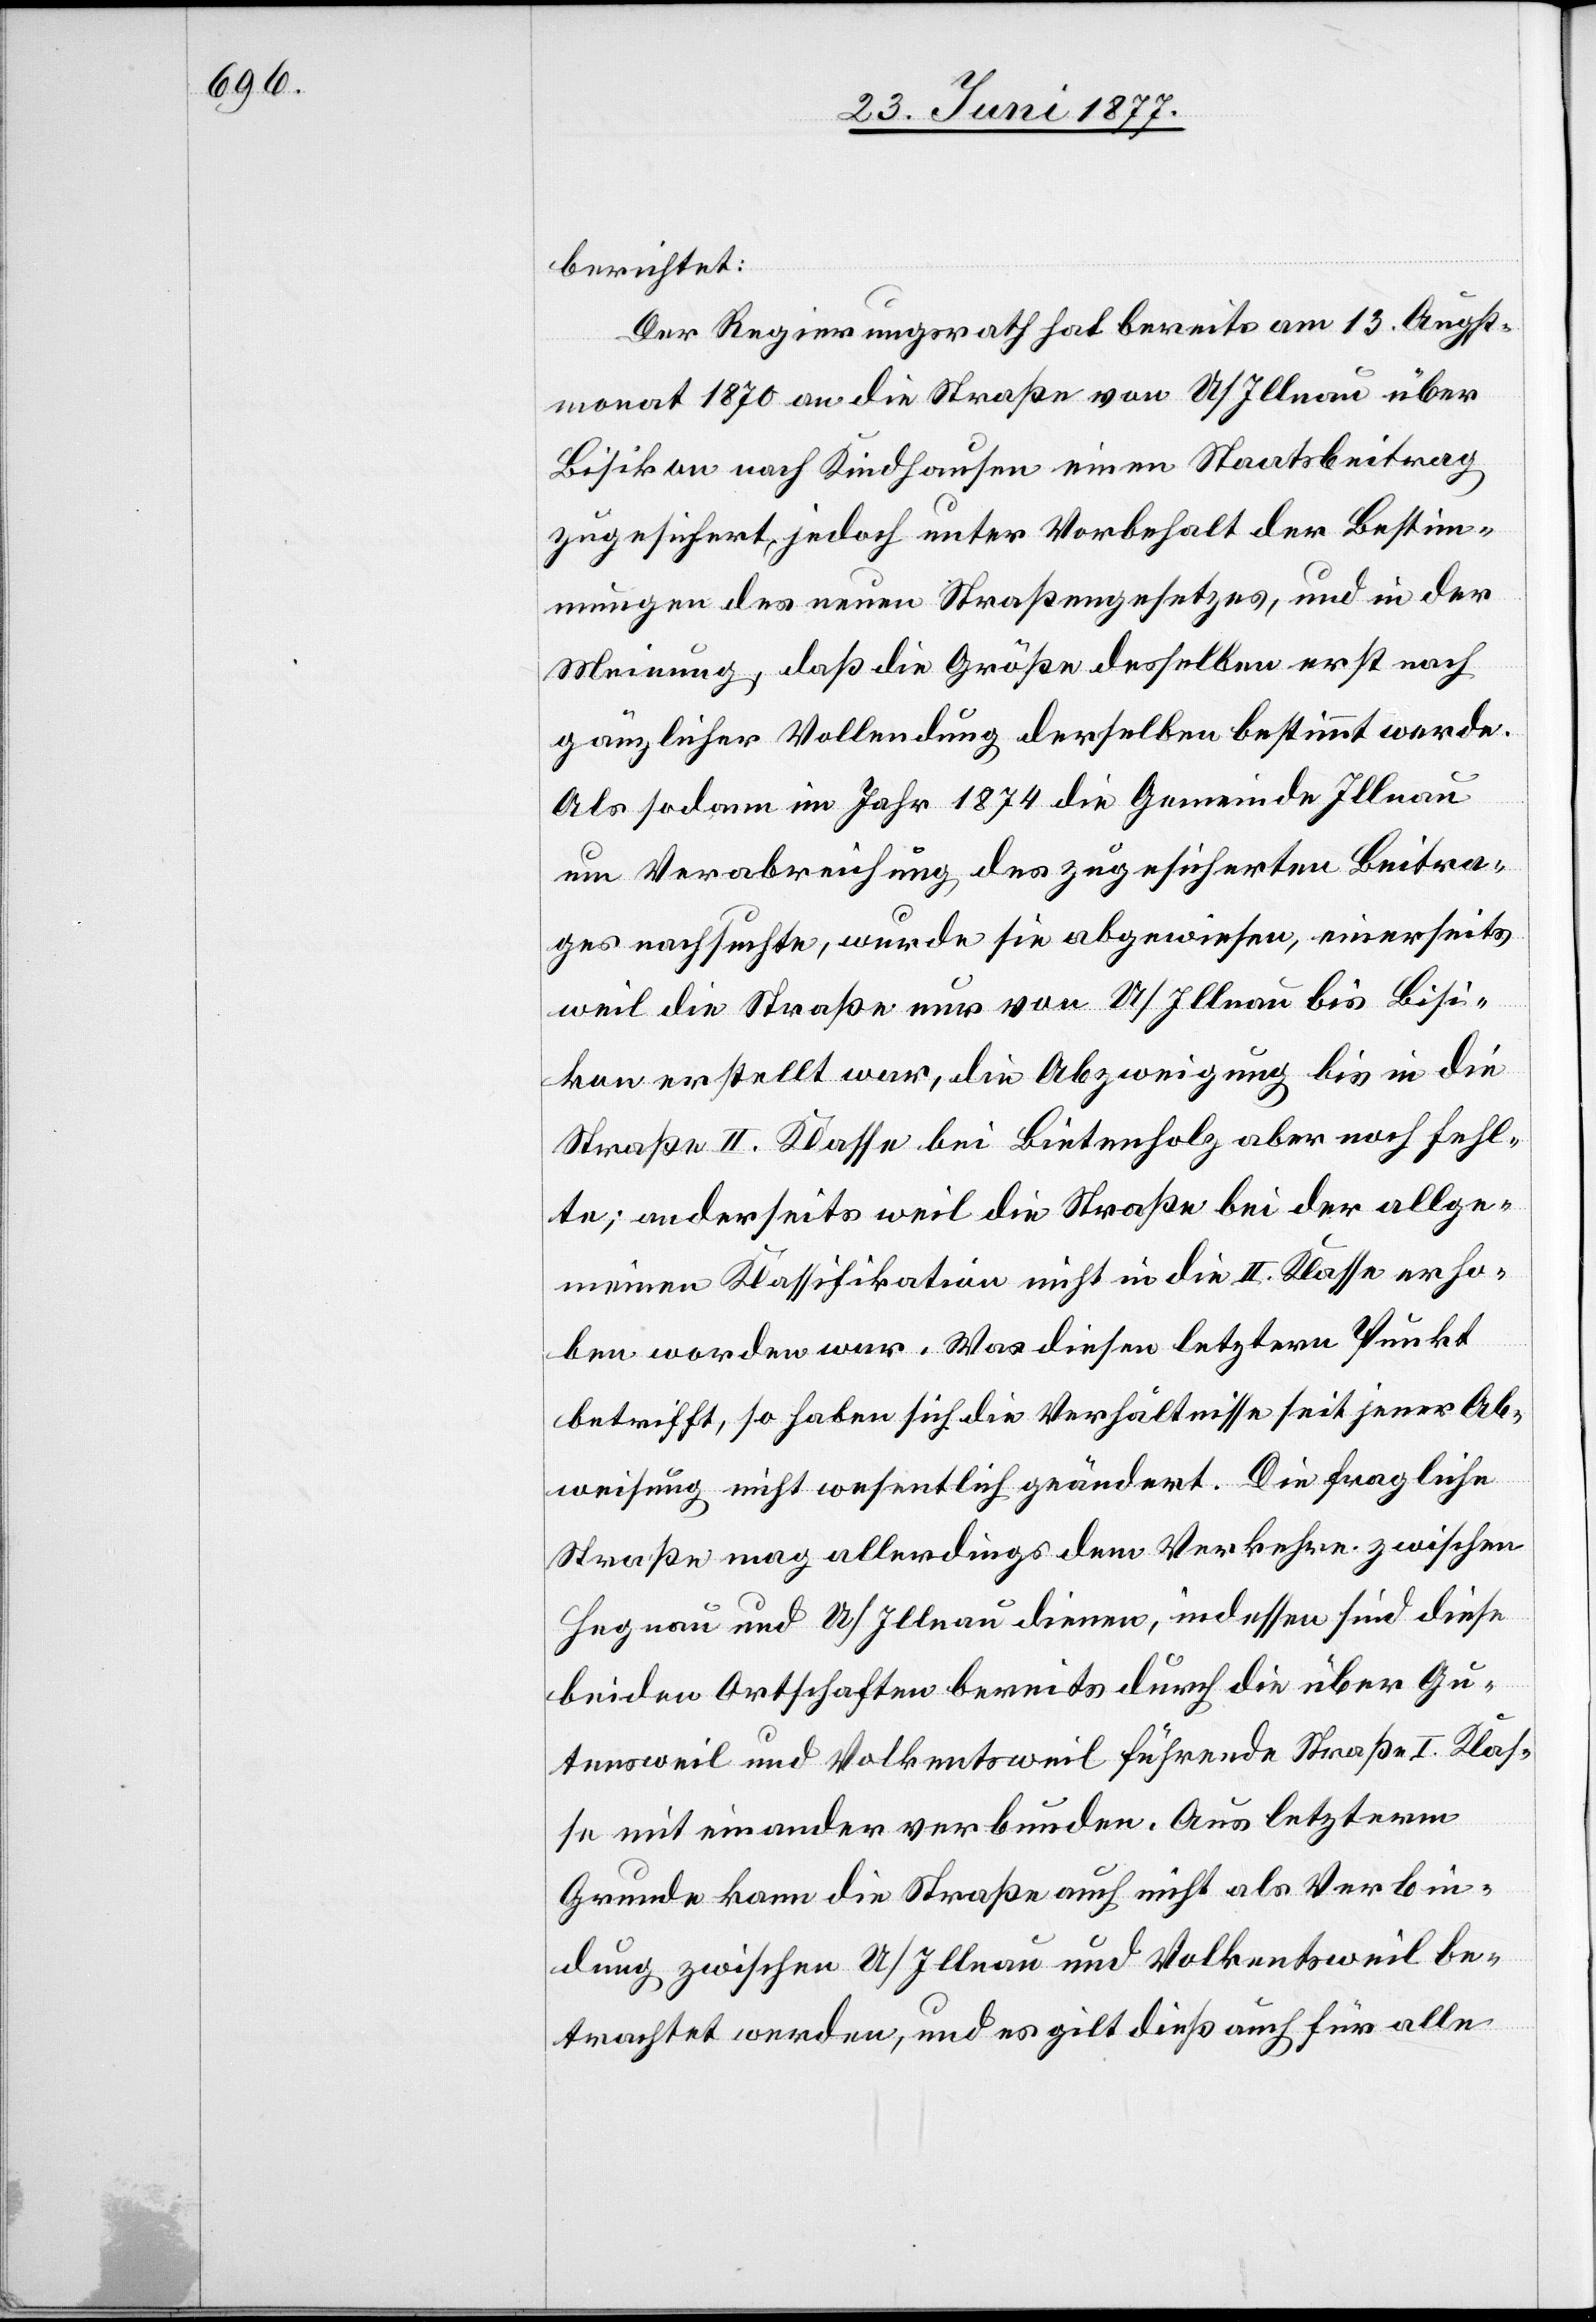
berichtet:
Der Regierungsrath hat bereits am 13. August¬
monat 1870 an die Straße von U/Illnau über
Bisikon nach Kindhausen einen Staatsbeitrag
zugesichert, jedoch unter Vorbehalt der Bestim¬
mungen des neuen Straßengesetzes, und in der
Meinung, daß die Größe desselben erst nach
gänzlicher Vollendung derselben bestimmt werde.
Als sodann im Jahr 1874 die Gemeinde Illnau
um Verabreichung des zugesicherten Beitra¬
ges nachsuchte, wurde sie abgewiesen, einerseits
weil die Straße nur von U/Illnau bis Bisi¬
kon erstellt war, die Abzweigung bis in die
Straße II. Klasse bei Bietenholz aber noch fehl¬
te; anderseits weil die Straße bei der allge¬
meinen Klassifikation nicht in die II. Klasse erho¬
ben worden war. Was diesen letztern Punkt
betrifft, so haben sich die Verhältnisse seit jener Ab¬
weisung nicht wesentlich geändert. Die fragliche
Straße mag allerdings dem Verkehre zwischen
Hegnau und U/Illnau dienen, indessen sind diese
beiden Ortschaften bereits durch die über Gu¬
tensweil und Volkentsweil führende Straße I. Klas¬
se mit einander verbunden. Aus letzterm
Grunde kann die Straße auch nicht als Verbin¬
dung zwischen U/Illnau und Volkentsweil be¬
trachtet werden, und es gilt dieß auch für alle